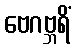
ဗေဂဗ္ဘရိံ